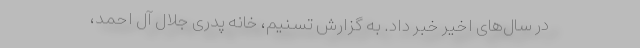
در سال‌های اخیر خبر داد. به گزارش تسنیم، خانه پدری جلال آل احمد،